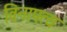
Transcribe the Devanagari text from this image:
विनापत्य